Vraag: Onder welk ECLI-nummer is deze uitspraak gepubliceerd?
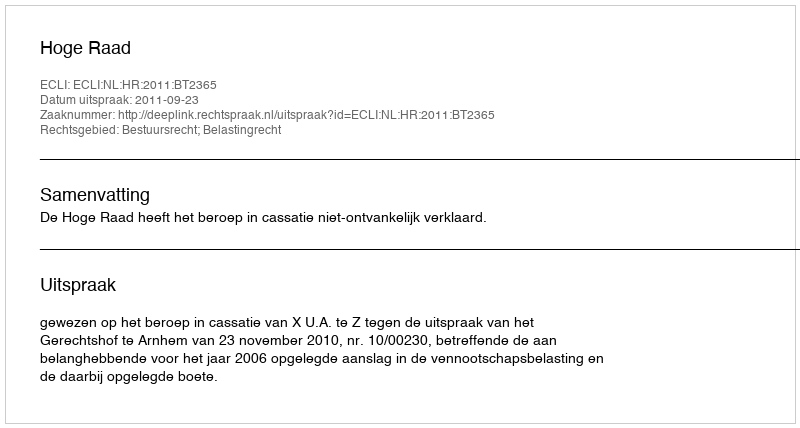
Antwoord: ECLI:NL:HR:2011:BT2365